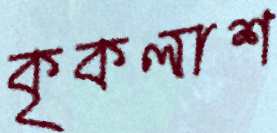
কৃকলাশ